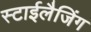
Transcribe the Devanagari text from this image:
स्टाईलैजिंग